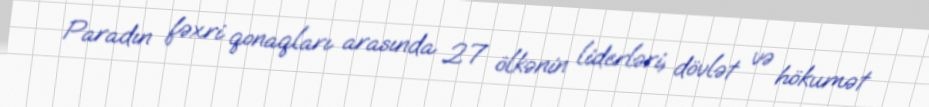
Paradın fəxri qonaqları arasında 27 ölkənin liderləri, dövlət və hökumət